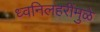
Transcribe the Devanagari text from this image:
ध्वनिलहरींमुळे